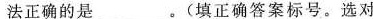
法正确的是 _____。(填正确答案标号。选对